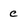
Character: C